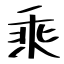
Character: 乘